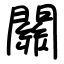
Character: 關